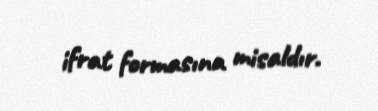
ifrat formasına misaldır.